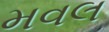
મવલ